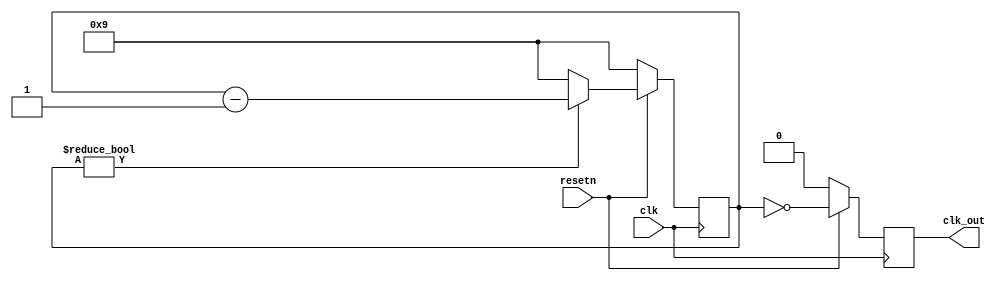
module clk_gen (
    input        clk,
    input        resetn,
    output [0:0] clk_out
    );

    parameter CLK_CYCLES = 10;

    reg [0:0]  clk_out;
    reg [$clog2(CLK_CYCLES):0] clk_counter;
    always @(posedge clk) begin
        if (!resetn) begin
            clk_counter <= CLK_CYCLES-1;
            clk_out <= 0;
        end else begin
            clk_counter <= clk_counter ? (clk_counter-1) : CLK_CYCLES-1;
            clk_out <= !clk_counter;
        end
    end


    `ifdef FORMAL
        `timescale 1 ns / 100 ps
        reg [$clog2(CLK_CYCLES):0] clk_counter_pre;        // previus clk state
//        integer counter = 0;
        reg [10:0] _tst_counter = 0;
        reg [0:0] clk = 0;
//        reg [0:0] resetn = 0;
//        wire [0:0] resetn;

        initial begin
            clk_counter_pre = 0;//CLK_CYCLES-1;
            clk = 0;
//            resetn = 0;
            counter = 0;

//            #10 resetn <= 1;
//            #1000000000 assert (0);
        end

        assign resetn = (_tst_counter>4);

        always @(posedge clk) begin
            _tst_counter = _tst_counter + 1;
            if (_tst_counter == 5) begin
                assert (0);
//                resetn = 1;
            end

            if (!resetn) begin
                clk_counter_pre <= CLK_CYCLES-1;
//                if (counter != 0)
//                    assert (clk_out == 0);
            end else begin
//                assert (clk_counter < CLK_CYCLES);
                assert (clk_counter >= 0);

                if (clk_counter_pre == 0) begin
//                    assert (clk_out == 1);
//                    assert (clk_counter == CLK_CYCLES-1);
                end else begin
                    assert (clk_out == 0);
                    assert (clk_counter == clk_counter_pre - 1);
                end
            end
            clk_counter_pre <= clk_counter;
        end
    `endif
endmodule